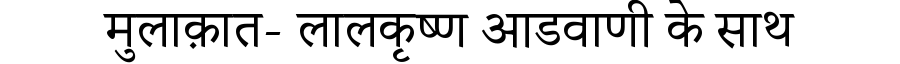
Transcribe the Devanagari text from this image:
मुलाक़ात- लालकृष्ण आडवाणी के साथ